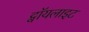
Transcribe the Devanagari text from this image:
ट्वॉयलाइट